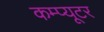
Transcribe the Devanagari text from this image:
कम्प्‍यूटर